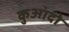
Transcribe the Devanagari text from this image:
कुआंदो